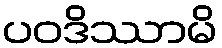
ပဝဒိဿာမိ